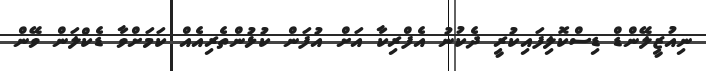
ނިއުޒީލޭންޑް ޑިސްކޮލިފައިކުރީ ދެކުނު އެފްރިކާ އަށް އުފަން ކުޅުންތެރިއެއް ކަމަށްވާ ޑެކްލަން ވޭން